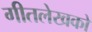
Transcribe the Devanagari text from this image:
गीतलेखकों